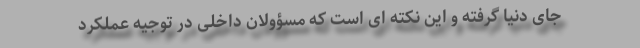
جای دنیا گرفته و این نکته ای است که مسؤولان داخلی در توجیه عملکرد